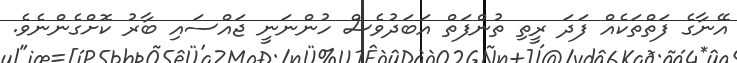
އޭނާގެ ފަތްތަކެއް ފަދަ ރީތި ތުންފަތް އަބަދުވެސް ހުންނަނީ ޖައްސައި ބާރު ކޮށްގެންނެވެ.